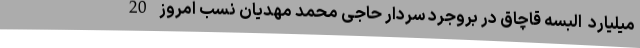
میلیارد  البسه قاچاق در بروجرد سردار حاجی محمد مهدیان نسب امروز 20